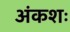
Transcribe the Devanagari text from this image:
अंकशः